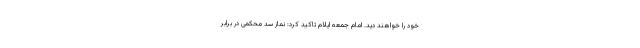
خود را خواهند دید. امام جمعه ایلام تاکید کرد: نماز سد محکمی در برابر